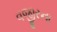
વજીરના